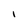
Character: I